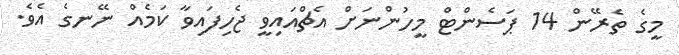
މީގެ ތެރޭން 14 ޕަސެންޓް މީހުންނަށް އެޗްއައިވީ ޖެހިފައިވާ ކަމެއް ނޭނގެ އެވެ.